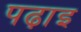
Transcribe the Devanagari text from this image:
पढ़ाइ